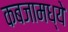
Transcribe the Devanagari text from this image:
कबजामध्ये